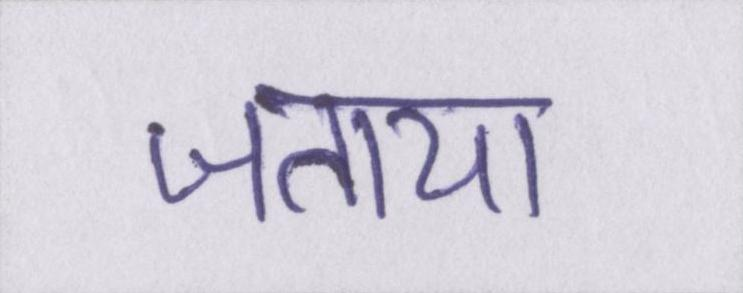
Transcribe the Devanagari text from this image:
जताया